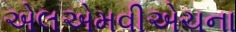
એલએમવીએચના